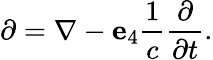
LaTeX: \partial=\nabla-\mathbf{e}_{4}{\frac{1}{c}}{\frac{\partial}{\partial t}}.